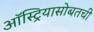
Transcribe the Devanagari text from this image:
ऑस्ट्रियासोबतची